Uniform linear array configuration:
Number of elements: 8
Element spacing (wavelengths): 1
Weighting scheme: kaiser
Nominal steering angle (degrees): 30
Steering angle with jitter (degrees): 29.216
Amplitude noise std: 0.05
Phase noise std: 0.05

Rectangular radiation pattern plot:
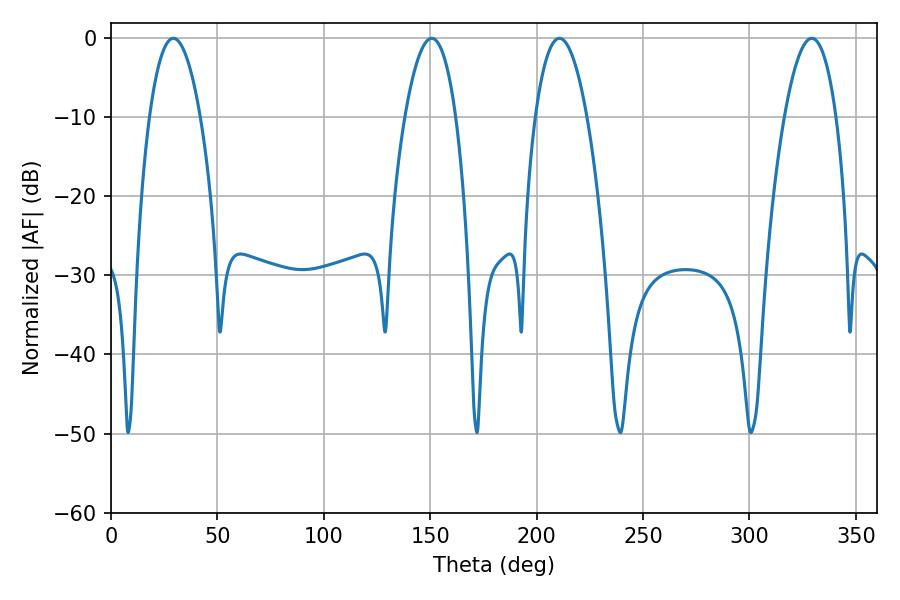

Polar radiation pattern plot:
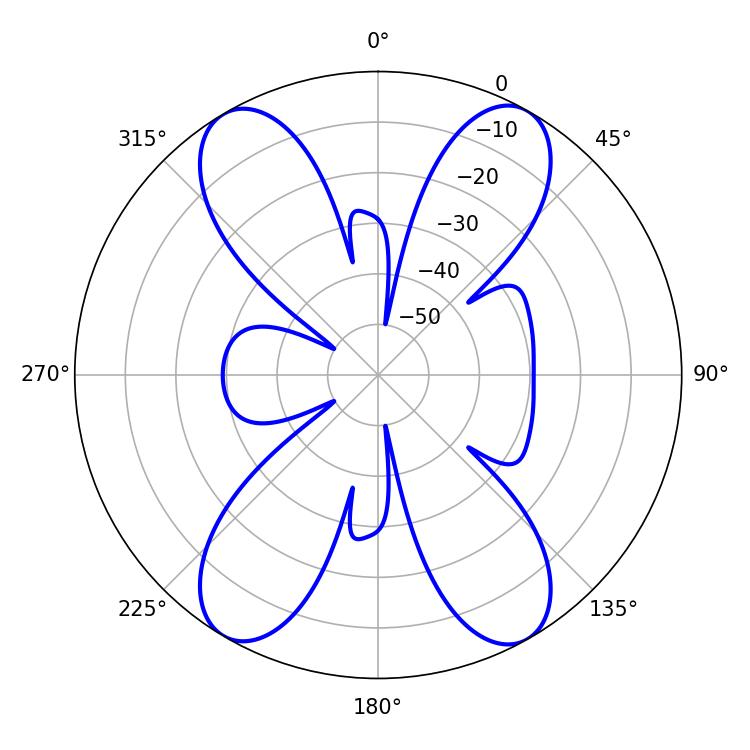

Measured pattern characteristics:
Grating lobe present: TRUE
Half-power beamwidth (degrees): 13.32
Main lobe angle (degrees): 29.34